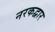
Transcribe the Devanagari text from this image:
नरकद्वार